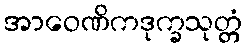
အာဝေဏိကဒုက္ခသုတ္တံ